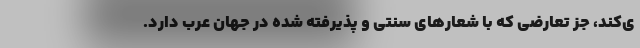
ی‌کند، جز تعارضی که با شعارهای سنتی و پذیرفته شده در جهان عرب دارد.